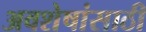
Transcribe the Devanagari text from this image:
अवशेषांसाठी